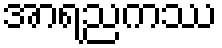
အာရညကဿ